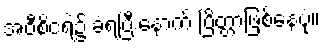
အဝီစိငရဲ၌ ခံရပြီးနောက် ပြိတ္တာဖြစ်နေပုံ။